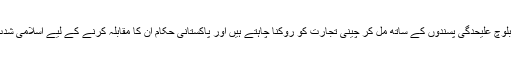
بھارت کے انٹیلی جنس افسران بلوچ علیحدگی پسندوں کے ساتھ مل کر چینی تجارت کو روکنا چاہتے ہیں اور پاکستانی حکام اِن کا مقابلہ کرنے کے لیے اسلامی شدت پسندوں کی مدد کر رہے ہیں۔